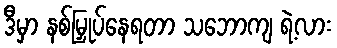
ဒီမှာ နစ်မြှုပ်နေရတာ သဘောကျ ရဲ့လား